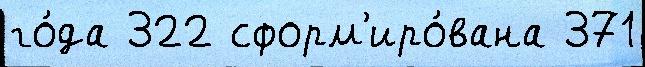
го́да 322 сформ'иро́вана 371